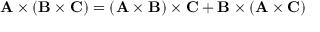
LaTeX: \mathbf { A } \times ( \mathbf { B } \times \mathbf { C } ) = ( \mathbf { A } \times \mathbf { B } ) \times \mathbf { C } + \mathbf { B } \times ( \mathbf { A } \times \mathbf { C } )